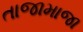
તાજામાજા